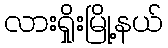
လားရှိုးမြို့နယ်